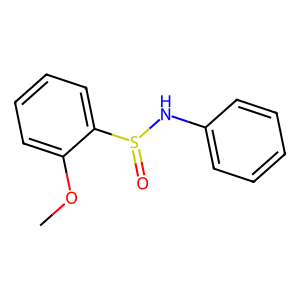
SMILES: COc1ccccc1S(=O)Nc1ccccc1
Inhibits HIV replication: No